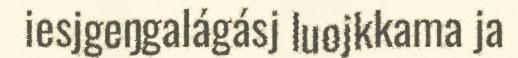
iesjgeŋgalágásj luojkkama ja